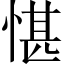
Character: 愖